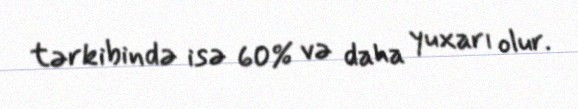
tərkibində isə 60% və daha yuxarı olur.